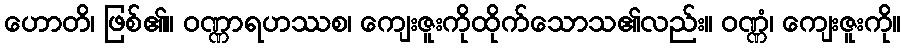
ဟောတိ၊ ဖြစ်၏။ ဝဏ္ဏာရဟဿစ၊ ကျေးဇူးကိုထိုက်သောသ၏လည်း။ ဝဏ္ဏံ၊ ကျေးဇူးကို။